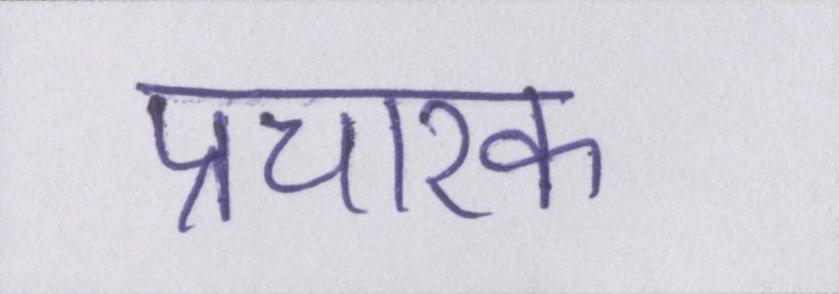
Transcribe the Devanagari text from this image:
प्रचारक